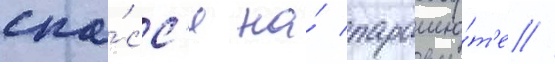
спа́сс'я на́ парашю́т'е //